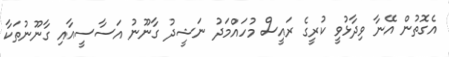
އެގޮތުން އޭނާ ވިދާޅުވީ ކުރީގެ ރައީސް މުހައްމަދު ނަޝީދު ގާނޫނު އަސާސީއާއި ގާނޫނުތަކާ